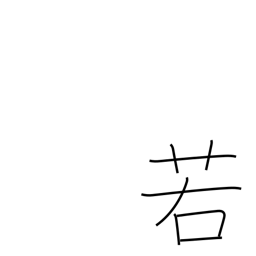
Meaning: perhaps